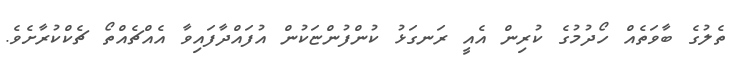
ތެލުގެ ބާވަތެއް ހޯދުމުގެ ކުރިން އެއީ ރަނގަޅު ކުންފުންޏަކުން އުފައްދާފައިވާ އެއްޗެއްތޯ ޗެކްކުރާށެވެ.